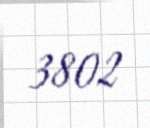
3802